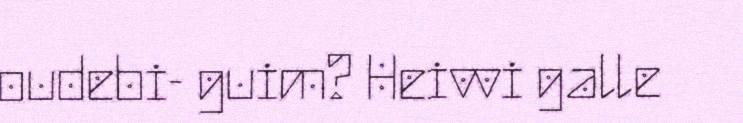
oudebi- guim? Heivvi galle